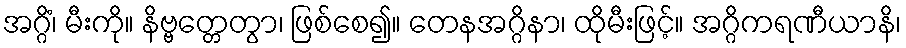
အဂ္ဂိံ၊ မီးကို။ နိဗ္ဗတ္တေတွာ၊ ဖြစ်စေ၍။ တေနအဂ္ဂိနာ၊ ထိုမီးဖြင့်။ အဂ္ဂိကရဏီယာနိ၊